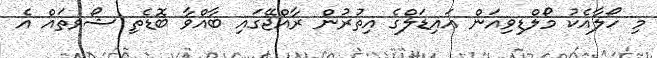
މި ހޯލާއެކު މޯލްޑިވިއަން އައިޑަލްގެ އިތުރުން ރާއްޖޭގައި ބާއްވާ ބޮޑެތި ޝޯވތައް އެ